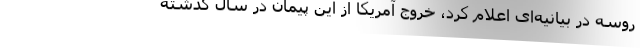
روسه در بیانیه‌ای اعلام کرد، خروج آمریکا از این پیمان در سال گذشته